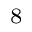
^ 8